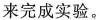
来完成实验。